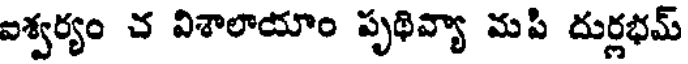
ఐశ్వర్యం చ విశాలాయాం పృథివ్యా మపి దుర్లభమ్